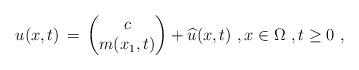
LaTeX: \begin{align*} u(x,t) \,=\, \begin{pmatrix} c \cr m(x_1,t) \end{pmatrix} + \widehat u(x,t)~, x \in \Omega~, t \ge 0~,\end{align*}